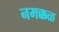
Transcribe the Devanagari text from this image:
नमक्कळ